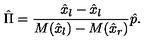
\hat { \Pi } = { \frac { \hat { x } _ { l } - \hat { x } _ { l } } { M ( \hat { x } _ { l } ) - M ( \hat { x } _ { r } ) } } \hat { p } .